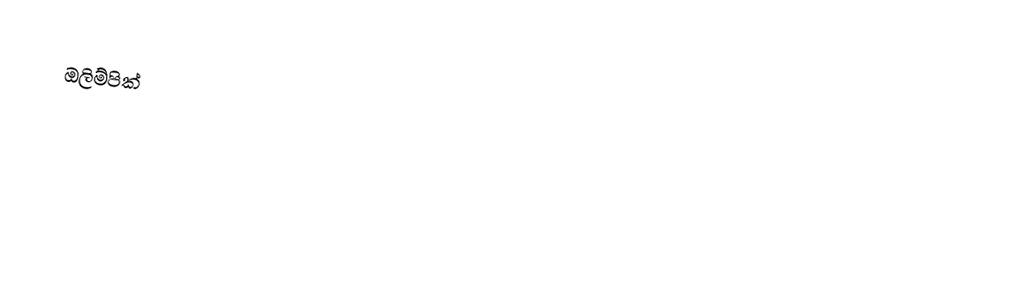
ඔලිම්පික්